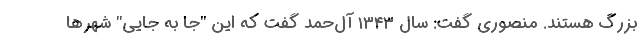
بزرگ هستند. منصوری گفت: سال ۱۳۴۳ آل‌حمد گفت که این "جا به جایی" شهرها